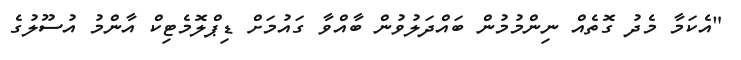
"އެކަމާ މެދު ގޮތެއް ނިންމުމުން ބައްދަލުވުން ބާއްވާ ގައުމަށް ޑިޕްލޮމެޓިކް އާންމު އުސޫލުގެ